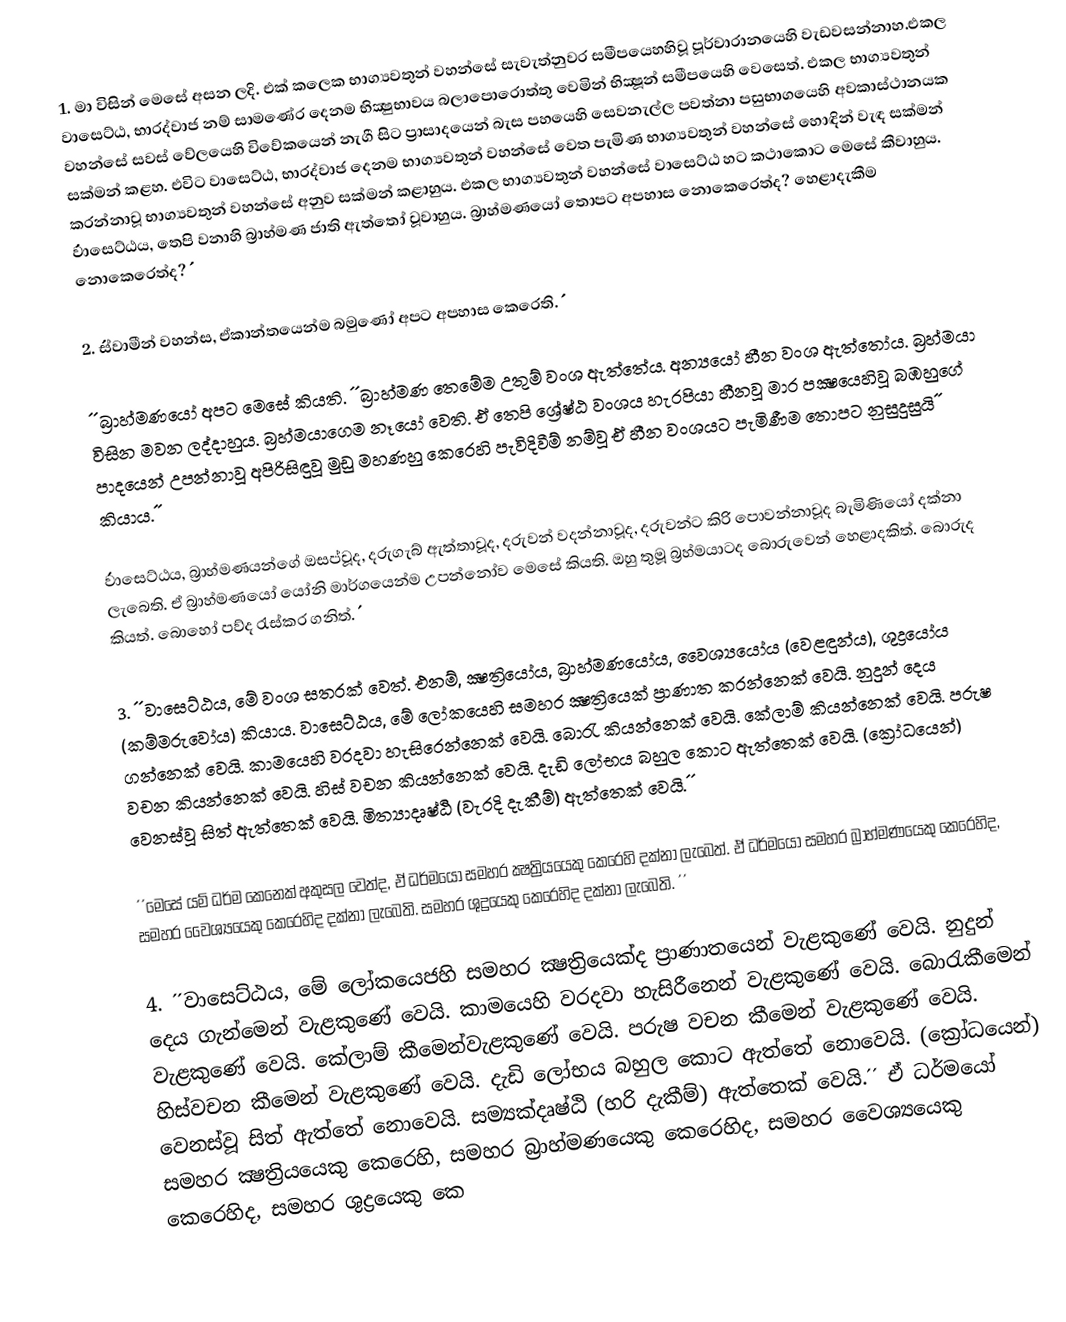
1. මා විසින් මෙසේ අසන ලදි. එක් කලෙක භාග්‍යවතුන් වහන්සේ සැවැත්නුවර සමීපයෙහහිවූ පූර්වාරානයෙහි වැඩවසන්නාහ.එකල වාසෙට්ඨ, භාරද්වාජ නම් සාමණේර දෙනම භික්‍ෂුභාවය බලාපොරොත්තු වෙමින් භික්‍ෂූන් සමීපයෙහි වෙසෙත්. එකල භාග්‍යවතුන් වහන්සේ සවස් වේලයෙහි විවේකයෙන් නැගී සිට ප්‍රාසාදයෙන් බැස පහයෙහි සෙවනැල්ල පවත්නා පසුභාගයෙහි අවකාස්ථානයක සක්මන් කළහ. එවිට වාසෙට්ඨ, භාරද්වාජ දෙනම භාග්‍යවතුන් වහන්සේ වෙත පැමිණ භාග්‍යවතුන් වහන්සේ හොඳින් වැඳ සක්මන් කරන්නාවූ භාග්‍යවතුන් වහන්සේ අනුව සක්මන් කළාහුය. එකල භාග්‍යවතුන් වහන්සේ වාසෙට්ඨ හට කථාකොට මෙසේ කීවාහුය. ´´වාසෙට්ඨය, තෙපි වනාහි බ්‍රාහ්මණ ජාති ඇත්තෝ වූවාහුය. බ්‍රාහ්මණයෝ තොපට අපහාස නොකෙරෙත්ද? හෙළාදැකීම නොකෙරෙත්ද?´´

2. ´´ස්වාමීන් වහන්ස, ඒකාන්තයෙන්ම බමුණෝ අපට අපහාස කෙරෙති.´´

´´බ්‍රාහ්මණයෝ අපට මෙසේ කියති. ´´බ්‍රාහ්මණ තෙමේම උතුම් වංශ ඇත්තේය. අන්‍යයෝ හීන වංශ ඇත්තෝය. බ්‍රහ්මයා විසින මවන ලද්දාහුය. බ්‍රහ්මයාගෙම නෑයෝ වෙති. ඒ තෙපි ශ්‍රේෂ්ඨ වංශය හැරපියා හීනවූ මාර පක්‍ෂයෙහිවූ බඹහුගේ පාදයෙන් උපන්නාවූ අපිරිසිඳුවූ මුඩු මහණහු කෙරෙහි පැවිදිවීම් නම්වූ ඒ හීන වංශයට පැමිණීම තොපට නුසුදුසුයි´´ කියාය.´´

´´වාසෙට්ඨය, බ්‍රාහ්මණයන්ගේ ඔසප්වූද, දරුගැබ් ඇත්තාවූද, දරුවන් වදන්නාවූද, දරුවන්ට කිරි පොවන්නාවූද බැමිණියෝ දක්නා ලැබෙති. ඒ බ්‍රාහ්මණයෝ යෝනි මාර්ගයෙන්ම උපන්නෝව මෙසේ කියති. ඔහු තුමූ බ්‍රහ්මයාටද බොරුවෙන් හෙළාදකිත්. බොරුද කියත්. බොහෝ පව්ද රැස්කර ගනිත්.´´

3. ´´වාසෙට්ඨය, මේ වංශ සතරක් වෙත්. එනම්, ක්‍ෂත්‍රියෝය, බ්‍රාහ්මණයෝය, වෛශ්‍යයෝය (වෙළඳුන්ය), ශුද්‍රයෝය (කම්මරුවෝය) කියාය. වාසෙට්ඨය, මේ ලෝකයෙහි සමහර ක්‍ෂත්‍රියෙක් ප්‍රාණාත කරන්නෙක් වෙයි. නුදුන් දෙය ගන්නෙක් වෙයි. කාමයෙහි වරදවා හැසිරෙන්නෙක් වෙයි. බොරැ කියන්නෙක් වෙයි. කේලාම් කියන්නෙක් වෙයි. පරුෂ වචන කියන්නෙක් වෙයි. හිස් වචන කියන්නෙක් වෙයි. දැඩි ලෝභය බහුල කොට ඇත්තෙක් වෙයි. (ක්‍රෝධයෙන්) වෙනස්වූ සිත් ඇත්තෙක් වෙයි. මිත්‍යාදෘෂ්ඨි (වැරදි දැකීම්) ඇත්තෙක් වෙයි.´´

´´මෙසේ යම් ධර්ම කෙනෙක් අකුසල වෙත්ද, ඒ ධර්මයෝ සමහර ක්‍ෂත්‍රියයෙකු කෙරෙහි දක්නා ලැබෙත්. ඒ ධර්මයෝ සමහර බ්‍රාහ්මණයෙකු කෙරෙහිද, සමහර වෛශ්‍යයෙකු කෙරෙහිද දක්නා ලැබෙති. සමහර ශුද්‍රයෙකු කෙරෙහිද දක්නා ලැබෙති. ´´

4. ´´වාසෙට්ඨය, මේ ලෝකයෙජහි සමහර ක්‍ෂත්‍රියෙක්ද ප්‍රාණාතයෙන් වැළකුණේ වෙයි. නුදුන් දෙය ගැන්මෙන් වැළකුණේ වෙයි. කාමයෙහි වරදවා හැසිරීනෙන් වැළකුණේ වෙයි. බොරැකීමෙන් වැළකුණේ වෙයි. කේලාම් කීමෙන්වැළකුණේ වෙයි. පරුෂ වචන කීමෙන් වැළකුණේ වෙයි. හිස්වචන කීමෙන් වැළකුණේ වෙයි. දැඩි ලෝභය බහුල කොට ඇත්තේ නොවෙයි. (ක්‍රෝධයෙන්) වෙනස්වූ සිත් ඇත්තේ නොවෙයි. සම්‍යක්දෘෂ්ඨි (හරි දැකීම්) ඇත්තෙක් වෙයි.´´ ඒ ධර්මයෝ සමහර ක්‍ෂත්‍රියයෙකු කෙරෙහි, සමහර බ්‍රාහ්මණයෙකු කෙරෙහිද, සමහර වෛශ්‍යයෙකු කෙරෙහිද, සමහර ශුද්‍රයෙකු කෙ